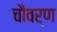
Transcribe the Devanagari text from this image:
चौवर्ण